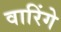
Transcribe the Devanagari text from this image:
वारिंगे